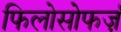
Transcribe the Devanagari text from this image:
फिलोसोफर्ज़